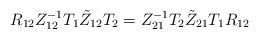
LaTeX: \begin{align*}R_{12} Z_{12}^{-1} T_{1}\tilde Z_{12}T_{2} = Z_{21} ^{-1}T_{2}\tilde Z_{21}T_{1} R_{12} \end{align*}